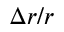
\Delta r / r